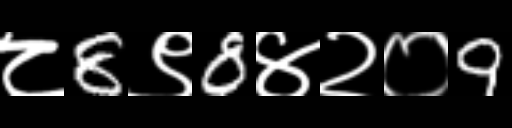
Text: ८8९8४२०9